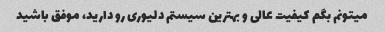
میتونم بگم کیفیت عالی و بهترین سیستم دلیوری رو دارید، موفق باشید